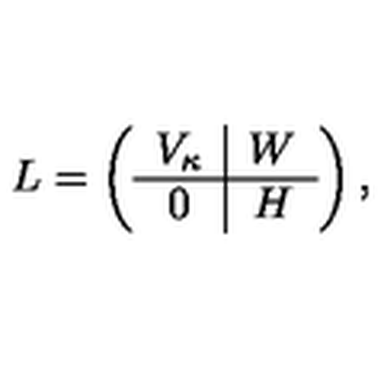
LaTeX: L = \left( \begin{array} { c | c } { V _ { \kappa } } & { W } \\ \hline { 0 } & { H } \\ \end{array} \right) ,